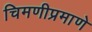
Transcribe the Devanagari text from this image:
चिमणीप्रमाणे